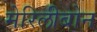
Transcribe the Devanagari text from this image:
मेरिलीबोन